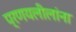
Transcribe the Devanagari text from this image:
प्रणयलीलांना